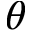
\theta